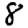
Digit: 8